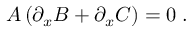
A \left( \partial _ { x } B + \partial _ { x } C \right) = 0 \; .